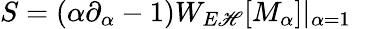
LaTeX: S=(\alpha\partial_{\alpha}-1)W_{E\mathscr{H}}[M_{\alpha}]|_{\alpha=1}~~